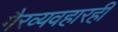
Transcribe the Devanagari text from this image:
गैरव्यवहारही